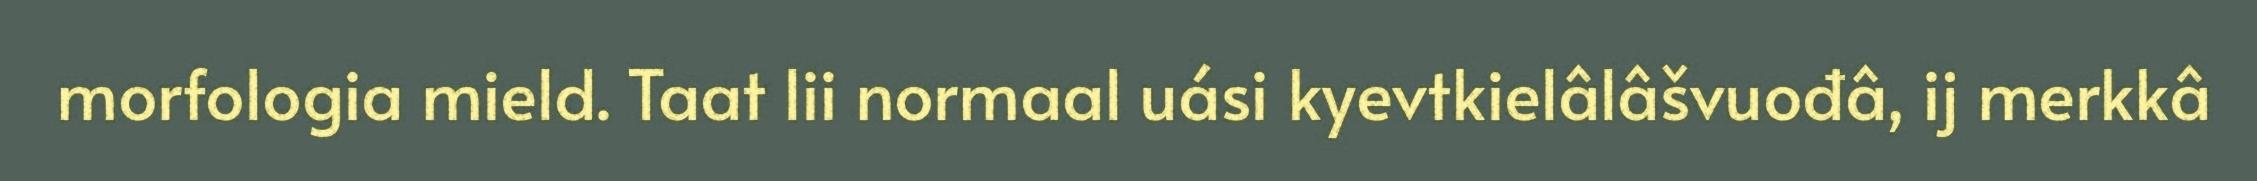
morfologia mield. Taat lii normaal uási kyevtkielâlâšvuođâ, ij merkkâ